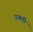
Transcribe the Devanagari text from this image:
व्य्क्ती